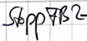
Text: StoppFB2